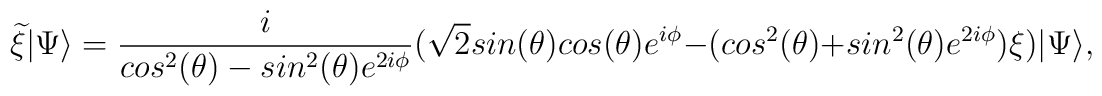
{\widetilde \xi}|\Psi \rangle =\frac{i}{cos^2(\theta)-sin^2(\theta)e^{2i\phi}}(\sqrt{2}sin(\theta)cos(\theta)e^{i\phi} -(cos^2(\theta)+sin^2(\theta)e^{2i\phi})\xi)|\Psi\rangle,